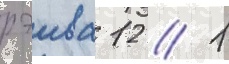
рэива 12 // 1